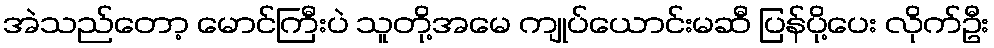
အဲသည်တော့ မောင်ကြီးပဲ သူတို့အမေ ကျုပ်ယောင်းမဆီ ပြန်ပို့ပေး လိုက်ဦး